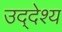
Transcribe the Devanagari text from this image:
उद्‌देश्‍य